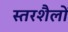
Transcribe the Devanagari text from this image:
स्तरशैलों